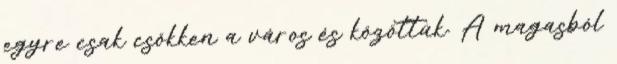
egyre csak csökken a város és közöttük. A magasból